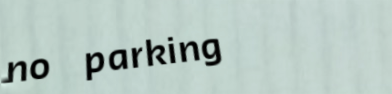
no parking